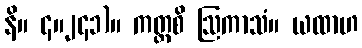
နိ။ ၄။၂၄၁)။ ကတ္ထစိ ဩကာသံ။ ယထာဟ